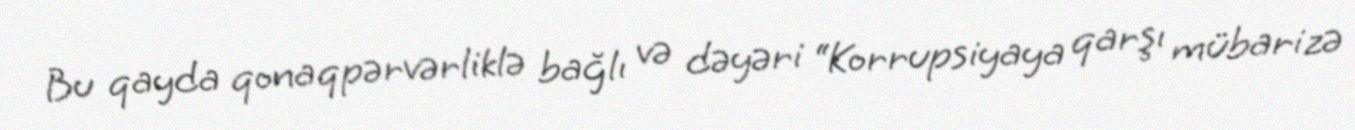
Bu qayda qonaqpərvərliklə bağlı və dəyəri “Korrupsiyaya qarşı mübarizə